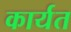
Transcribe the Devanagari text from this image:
कार्यत